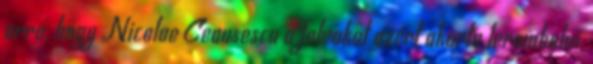
arra, hogy Nicolae Ceausescu a falvakat azért akarta lerombolni,